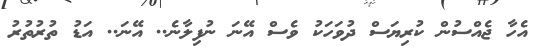
އެހާ ޖެއްސުން ކުރިޔަސް ދުވަހަކު ވެސް އޭނަ ނުފިލާނެ.. އޭނަ.. އަޑު ތުރުތުރު